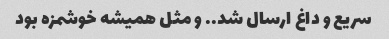
سریع و داغ ارسال شد.. و مثل همیشه خوشمزه بود